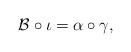
LaTeX: \begin{align*}\mathcal{B}\circ\iota=\alpha\circ\gamma,\end{align*}